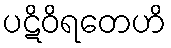
ပဋိဝိရတေဟိ